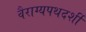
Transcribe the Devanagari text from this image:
वैराग्यपथदर्शी